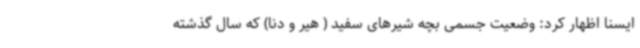
ایسنا اظهار کرد: وضعیت جسمی بچه شیرهای سفید ( هیر و دنا) که سال گذشته